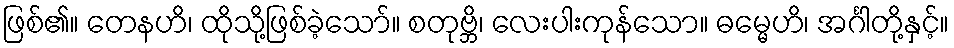
ဖြစ်၏။ တေနဟိ၊ ထိုသို့ဖြစ်ခဲ့သော်။ စတုဗ္ဘိ၊ လေးပါးကုန်သော။ ဓမ္မေဟိ၊ အင်္ဂါတို့နှင့်။